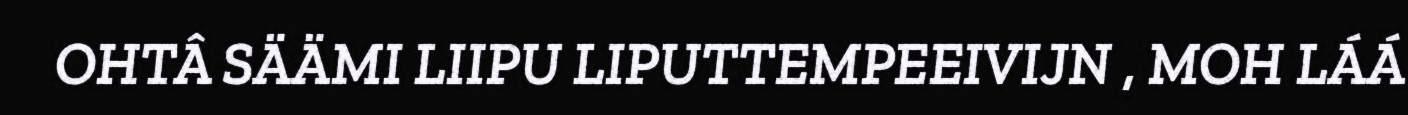
OHTÂ SÄÄMI LIIPU LIPUTTEMPEEIVIJN , MOH LÁÁ